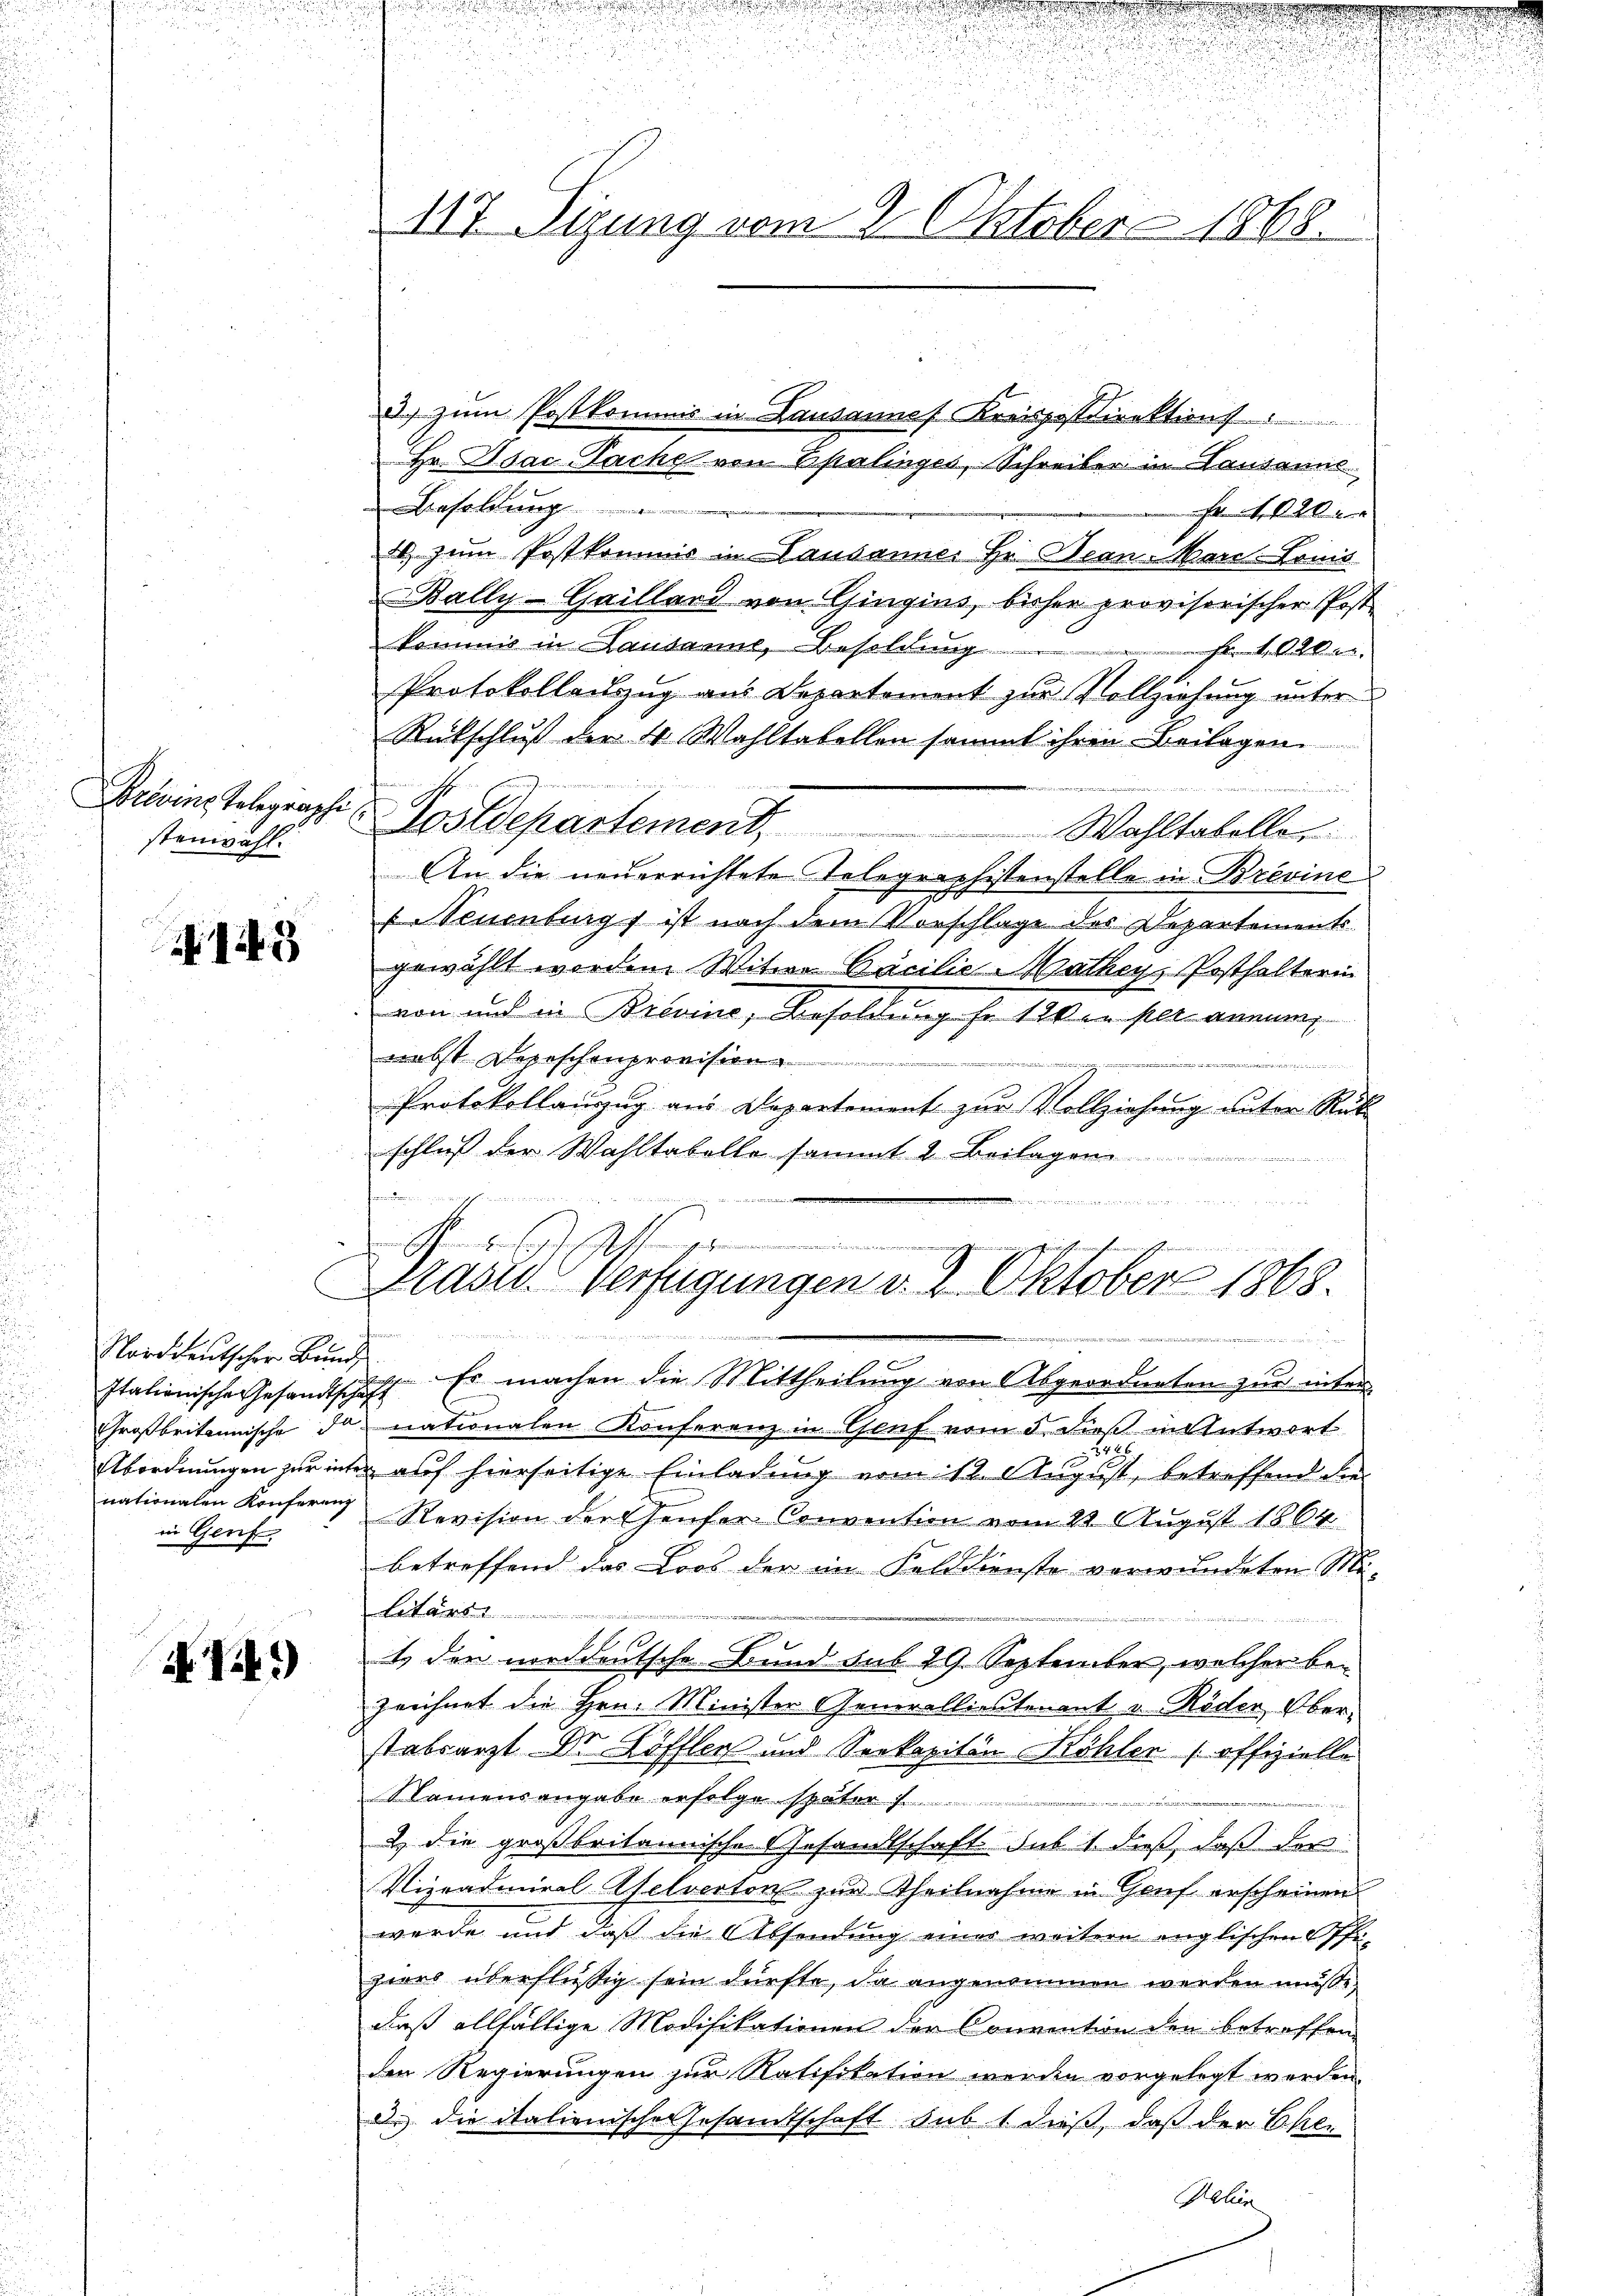
Provins Telegraphi
stenwahl.

143

Norddeutscher Brund
nationalen Konferenz
in Genf

N. Tit.

u

117. Sitzung vom 2. Oktober 1868.

3. zum Postkommis in Lausannes Kreispostdirektion
Hr. Dsac-Pache von Epalinges, Schreiber in Lausanns
Besoldung
Fr 120
1. zum Postkommis in Pausanne. Hr. Bean-Marr-Comis
Bally-Gailland von Gingins, bisher provisorischer Post
kommis in Lausanne, Besoldung
Fr. 1020 er
Protokollauszug aus Departement zur Vollziehung unter
Rückschluß der 4 Wahltabellen sammt ihren Beilagen
erner einer
 Postdepartement. Wahltabeller
An die neuerrichtete Telegraphistenstelle in Brevine
(Neuenburg ist nach dem Vorschlage des Departements
gewählt worden Witwe Bacilie Matheys Posthalterin
von und in Brevine, Besoldung fr. 120 in per annung
nebst Depeschenprovision
s
.
Protokollauszug aus Departement zur Vollziehung unter Rük
schluß der Wahltabelle sammt & Beilagen.
dnn wiederung f

.
in ein auch einen gerische in Bienerischermanne
Schen den s
Praste Verfügungen d. 2. Oktober 1868.

.

stationische Gesandtschaft. Er machen die Mittheilung von Abgeordneten zur inter
Großbritannische da nationalen Konferenz in Genf vom 5. dies in Antwort
5426.
Abordnungen zur inter auf hierseitige Einladung vom 12. August, betreffend die
Revision der Genfer Convention vom 22 August 1864.
betreffend das Loos der im Felddienste verwundeten Mi-
Batail
t den norddeutsche Bund sub 29. September, welcher be-
zeichnet die Hrn. Minister Generalliestenant u. Röder, Oberstabsarzt Dr Löffler und Seekapitän Böhler offizielle
Namensangabe erfolge später
2 die großbritannische Gesandtschaft. sub 1. dieß, daß der
Vizradmiral Selverton zur Theilnahme in Gruf erscheinen
wurde und daß die Absendung einer weitere englischen Offizies überflüßig sein dürfte, da angenommen werden müße,
daß allfältige Modifikationen der Convention den betroffen
den Regierungen zur Ratifikation werden vorgelegt werden.
2. die italienische Gesandtschaft sub 1 dieß, daß der Ehe-
Halien